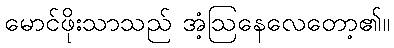
မောင်ဖိုးသာသည် အံ့ဩနေလေတော့၏။